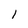
Character: l